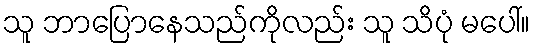
သူ ဘာပြောနေသည်ကိုလည်း သူ သိပုံ မပေါ်။